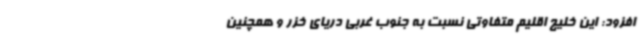
افزود: این خلیج اقلیم متفاوتی نسبت به جنوب غربی دریای خزر و همچنین